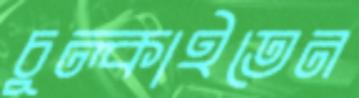
চুল্‌কাইতেন